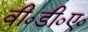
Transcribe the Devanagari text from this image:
वी०डी०ए०